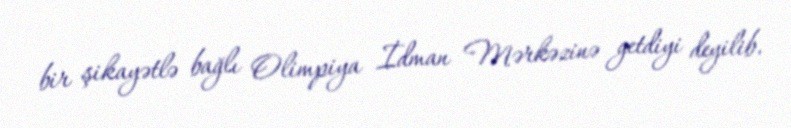
bir şikayətlə bağlı Olimpiya İdman Mərkəzinə getdiyi deyilib.